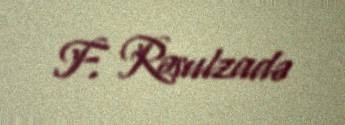
F. Rəsulzadə